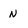
Character: N